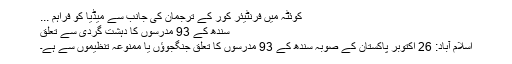
کوئٹہ میں فرنٹیئر کور کے ترجمان کی جانب سے میڈیا کو فراہم ...
سندھ کے 93 مدرسوں کا دہشت گردی سے تعلق
اسلام آباد: 26 اکتوبر پاکستان کے صوبہ سندھ کے 93 مدرسوں کا تعلق جنگجوؤں یا ممنوعہ تنظیموں سے ہے۔